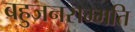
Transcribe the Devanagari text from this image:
बहुजनसम्मति